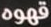
قهوه